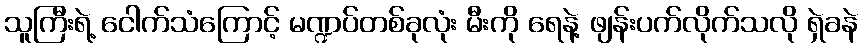
သူကြီးရဲ့ ငေါက်သံကြောင့် မဏ္ဍပ်တစ်ခုလုံး မီးကို ရေနဲ့ ဖျန်းပက်လိုက်သလို ရှဲခနဲ